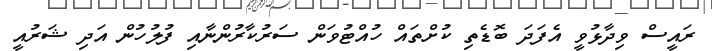
ރައީސް ވިދާޅުވީ އެފަދަ ބޮޑެތި ކުށްތައް ހުއްޓުވަން ސަރުކާރުންނާއި ފުލުހުން އަދި ޝަރުއީ